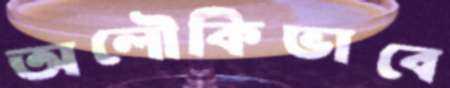
অলৌকিভাবে